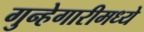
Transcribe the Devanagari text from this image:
गुन्हेगारीमध्ये